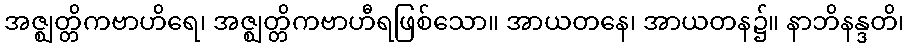
အဇ္ဈတ္တိကဗာဟိရေ၊ အဇ္ဈတ္တိကဗာဟီရဖြစ်သော။ အာယတနေ၊ အာယတန၌။ နာဘိနန္ဒတိ၊